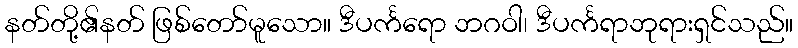
နတ်တို့၏နတ် ဖြစ်တော်မူသော။ ဒီပင်္ကရော ဘဂဝါ၊ ဒီပင်္ကရာဘုရားရှင်သည်။